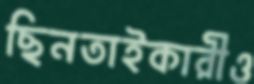
ছিনতাইকারীও